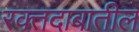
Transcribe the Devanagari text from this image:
रक्तदाबातील